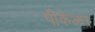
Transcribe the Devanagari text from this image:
पीकेआर